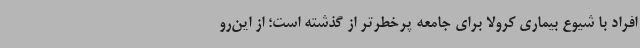
افراد با شیوع بیماری کرولا برای جامعه پرخطرتر از گذشته است؛ از این‌رو